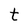
Character: t